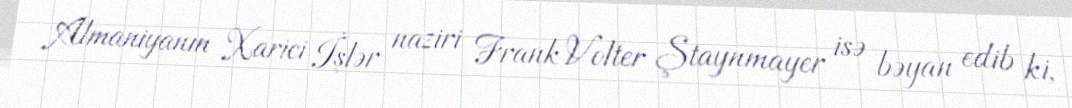
Almaniyanın Xarici İşlər naziri Frank Volter Ştaynmayer isə bəyan edib ki,